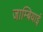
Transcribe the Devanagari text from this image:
जाम्बियाई